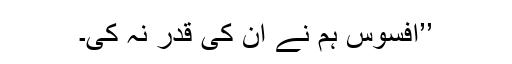
’’افسوس ہم نے ان کی قدر نہ کی۔